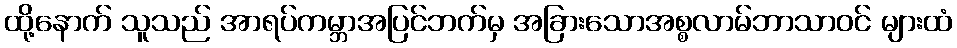
ထို့နောက် သူသည် အာရပ်ကမ္ဘာအပြင်ဘက်မှ အခြားသောအစ္စလာမ်ဘာသာဝင် များထံ